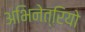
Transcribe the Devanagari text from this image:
अभिनेत्रियो